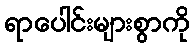
ရာပေါင်းများစွာကို